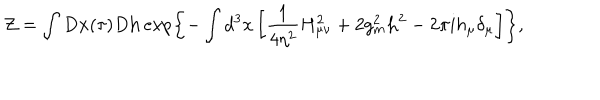
{ \cal Z } = \int D { \bf x } ( \tau ) D { \bf h } \exp \left\{ - \int d ^ { 3 } x \left[ \frac { 1 } { 4 \eta ^ { 2 } } H _ { \mu \nu } ^ { 2 } + 2 g _ { m } ^ { 2 } { \bf h } ^ { 2 } - 2 \pi i h _ { \mu } \delta _ { \mu } \right] \right\} ,